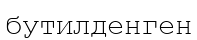
бутилденген